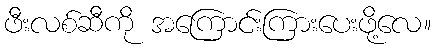
ဖီးလစ်ဆီကို အကြောင်းကြားပေးဖို့လေ။